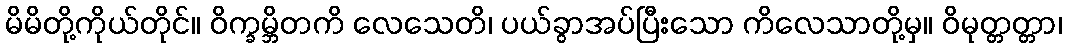
မိမိတို့ကိုယ်တိုင်။ ဝိက္ခမ္ဘိတကိ လေသေတိ၊ ပယ်ခွာအပ်ပြီးသော ကိလေသာတို့မှ။ ဝိမုတ္တတ္တာ၊